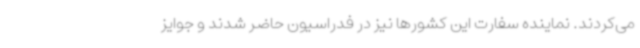
می‌کردند. نماینده سفارت این کشورها نیز در فدراسیون حاضر شدند و جوایز